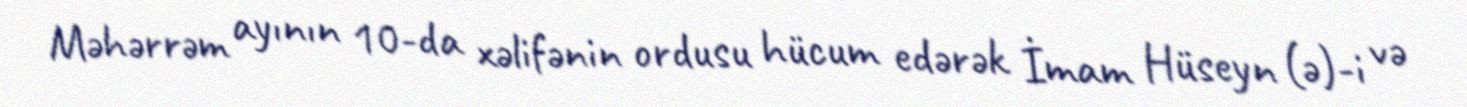
Məhərrəm ayının 10-da xəlifənin ordusu hücum edərək İmam Hüseyn (ə)-i və